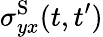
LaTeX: \sigma_{yx}^{\textrm{S}}(t,t^{\prime})